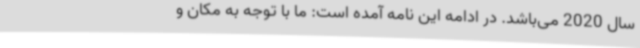
سال 2020 می‌باشد. در ادامه این نامه آمده است: ما با توجه به مکان و